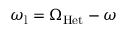
\omega _ { \mathrm { l } } = \Omega _ { \mathrm { H e t } } - \omega